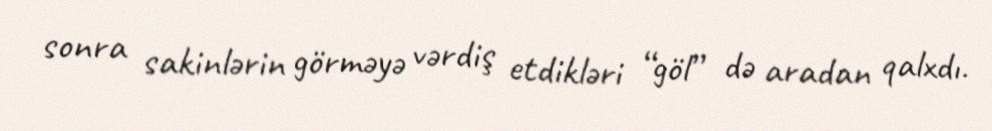
sonra sakinlərin görməyə vərdiş etdikləri “göl” də aradan qalxdı.